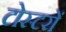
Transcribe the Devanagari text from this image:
टोस्टरों